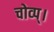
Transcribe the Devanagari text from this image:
चोव्प्।